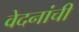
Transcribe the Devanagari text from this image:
वेदनांची